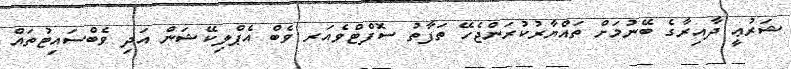
ޝަރުޢީ ދާއިރާގެ ބޭނުމަށް ތައްޔާރުކުރަންޖެހޭ ތަފާތު ސޮފްޓްވެއަރ ވެބް އެޕްލިކޭޝަން އަދި ވެބްސައިޓުތައް